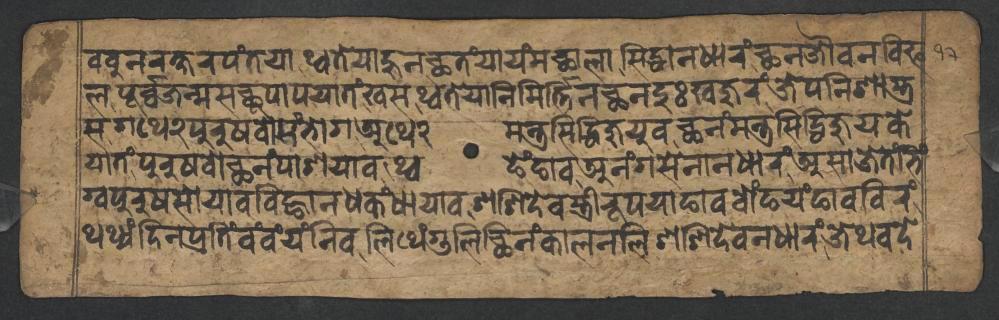
𑐧𑐧𑐸𑐣𑐬𑐎𑑂𑐲𑐬𑐥𑑄𑐟𑐫𑐵𑐠𑑂𑐰𑐟𑐾𑐫𑐵𑐴𑐸𑐣𑐕𑐟𑑄𑐫𑐵𑐫𑑄𑐩𑐕𑐵𑐮𑐵𑐳𑐶𑐡𑑂𑐢𑐵𑐣𑐢𑐵𑐬𑑄𑐕𑐣𑐖𑑁𑐰𑐣𑐰𑐶𑐦 𑐮𑐥𑐹𑐬𑑂𑐰𑑂𑐰𑐖𑐣𑑂𑐩𑐳𑐕𑐹𑐥𑐵𑐥𑐫𑐵𑐟𑑄𑐏𑐳𑐠𑑂𑐰𑐟𑐾𑐫𑐵𑐣𑐶𑐩𑐶𑐬𑑂𑐟𑑂𑐟𑐶𑐣𑐕𑐣𑐡𑐸𑑅𑐏𑐖𑐸𑐬𑑄𑐖𑐾𑐥𑐣𑐶𑐱𑐵𑐳𑑂𑐟𑑂𑐬 𑐳𑐐𑐠𑐾𑑒𑐥𑐸𑐬𑐸𑐲𑐰𑑀𑐳𑑄𑐨𑑀𑐐𑐀𑐠𑐾𑑒𑐩𑐣𑑂𑐟𑑂𑐬𑐳𑐶𑐡𑑂𑐢𑐶𑐖𑐸𑐫𑐸𑐰𑐕𑐣𑑄𑐩𑐣𑑂𑐟𑑂𑐬𑐳𑐶𑐡𑑂𑐢𑐶𑐖𑐸𑐫𑐎𑐾 𑐫𑐵𑐟𑑄𑐥𑐸𑐬𑐸𑐲𑐰𑑀𑐕𑐣𑑄𑐥𑐵𑐱𑐫𑐵𑐰𑐠𑑂𑐰𑐒𑐾𑑄𑐒𑐵𑐰𑐀𑐣𑑄𑐐𑐳𑐾𑐣𑐵𑐣𑐢𑐵𑐬𑑄𑐀𑐳𑐵𑐖𑐾𑐟𑑄𑐨𑐶𑑄 𑐐𑑂𑐰𑐥𑐸𑐬𑐸𑐲𑐳𑑀𑐫𑐵𑐰𑐧𑐶𑐒𑑂𑐴𑐵𑐣𑐢𑐎𑑄𑐢𑐵𑐫𑐵𑐰𑐱𑐱𑐶𑐡𑐾𑐰𑐳𑑂𑐟𑑂𑐬𑐷𑐬𑐹𑐥𑐫𑐵𑐒𑐵𑐰𑐧𑑀𑑄𑐒𑐫𑑄𑐒𑐵𑐰𑐧𑐶𑐬𑑄 𑐠𑐠𑑂𑐫𑑄𑐡𑐶𑐣𑐥𑑂𑐬𑐟𑐶𑑄𑐰𑑄𑐰𑑄𑐫𑑄𑐣𑐶𑐰𑐮𑐶𑐠𑐾𑑄𑐐𑐸𑐮𑐶𑐕𑐶𑐣𑑄𑐎𑐵𑐮𑐣𑐮𑐶𑐱𑐱𑐶𑐡𑐾𑐰𑐣𑐢𑐵𑐬𑑄𑐖𑐾𑐠𑐰𑐡𑐾